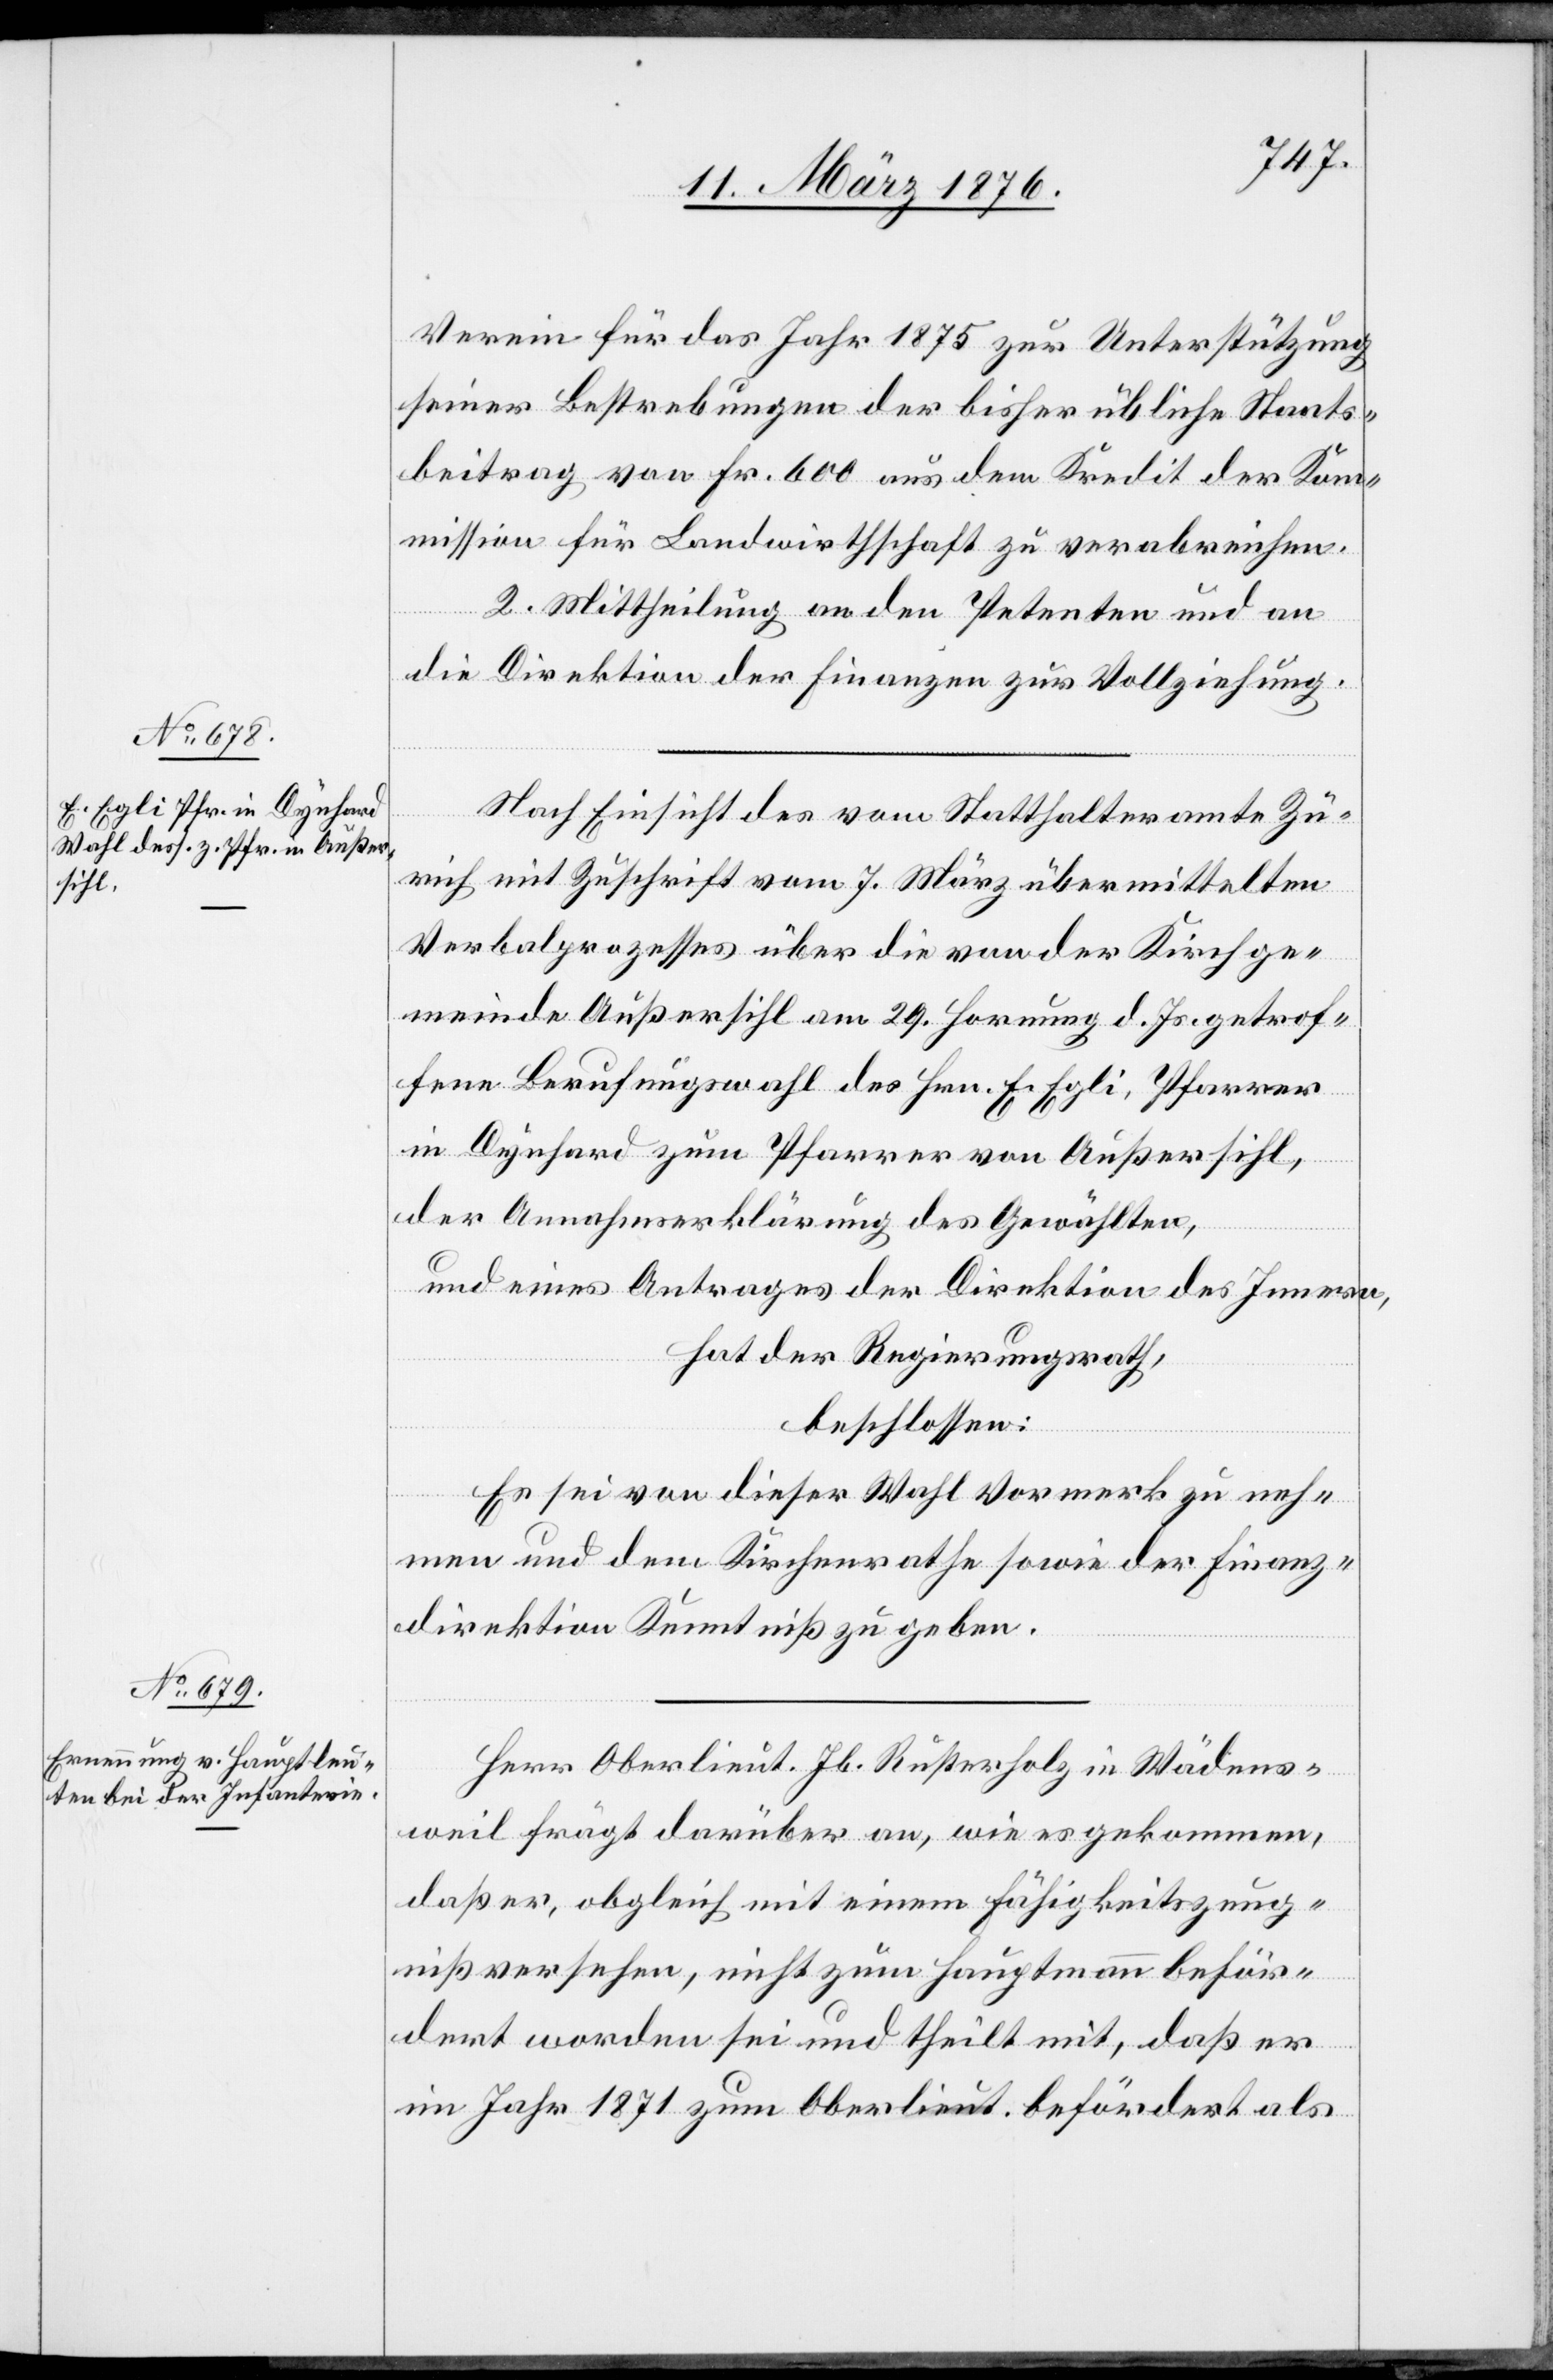
Verein für das Jahr 1875 zur Unterstützung
seiner Bestrebungen der bisher übliche Staats¬
beitrag von Fr. 600 aus dem Kredit der Ko¬
mmission für Landwirthschaft zu verabreichen.
2. Mittheilung an den Petenten und an
die Direktion der Finanzen zur Vollziehung.
Nach Einsicht des vom Statthalteramte Zü¬
rich mit Zuschrift vom 7. März übermittelten
Verbalprozesses über die von der Kirchge¬
meinde Außersihl am 29. Hornung d. Js. getrof¬
fene Berufungswahl des Hrn. E. Egli, Pfarrer
in Dynhard zum Pfarrer von Außersihl,
der Annahmserklärung des Gewählten,
und eines Antrages der Direktion des Innern,
hat der Regierungsrath,
beschlossen:
Es sei von dieser Wahl Vermerk zu neh¬
men und dem Kirchenrathe sowie der Finanz¬
direktion Kenntniß zu geben.
Herr Oberlieut. Jb. Rusterholz in Wädens¬
weil frägt darüber an, wie es gekommen,
daß er, obgleich mit einem Fähigkeitszeug¬
niß versehen, nicht zum Hauptmann beför¬
dert worden sei und theilt mit, daß er
im Jahr 1871 zum Oberlieut. befördert als